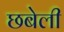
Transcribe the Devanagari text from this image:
छबेली